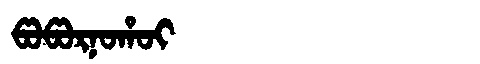
Manchu: ᡦᠣᡦᠣᡵᠨᠣᡥᠣᡳ
Romanization: POPORNOHOI